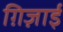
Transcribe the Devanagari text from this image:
ग़िज़ाई